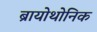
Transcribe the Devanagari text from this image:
ब्रायोथोनिक